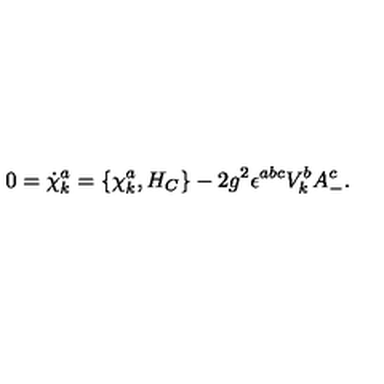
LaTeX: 0 = { \dot { \chi } } _ { k } ^ { a } = \{ \chi _ { k } ^ { a } , H _ { C } \} - 2 g ^ { 2 } \epsilon ^ { a b c } V _ { k } ^ { b } A _ { - } ^ { c } .